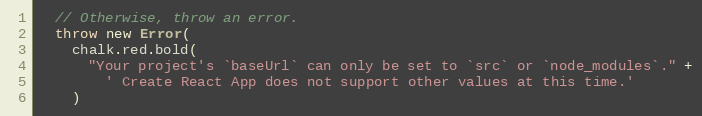
Language: JavaScript
  // Otherwise, throw an error.
  throw new Error(
    chalk.red.bold(
      "Your project's `baseUrl` can only be set to `src` or `node_modules`." +
        ' Create React App does not support other values at this time.'
    )